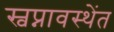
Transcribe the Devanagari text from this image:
स्वप्नावस्थेंत